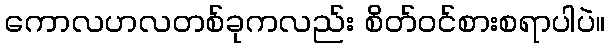
ကောလဟလတစ်ခုကလည်း စိတ်ဝင်စားစရာပါပဲ။